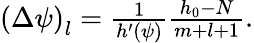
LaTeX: \begin{array}{r}{\left(\Delta\psi\right)_{l}=\frac{1}{h^{\prime}(\psi)}\frac{h_{0}-N}{m+l+1}.}\end{array}